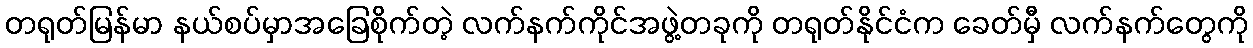
တရုတ်မြန်မာ နယ်စပ်မှာအခြေစိုက်တဲ့ လက်နက်ကိုင်အဖွဲ့တခုကို တရုတ်နိုင်ငံက ခေတ်မှီ လက်နက်တွေကို